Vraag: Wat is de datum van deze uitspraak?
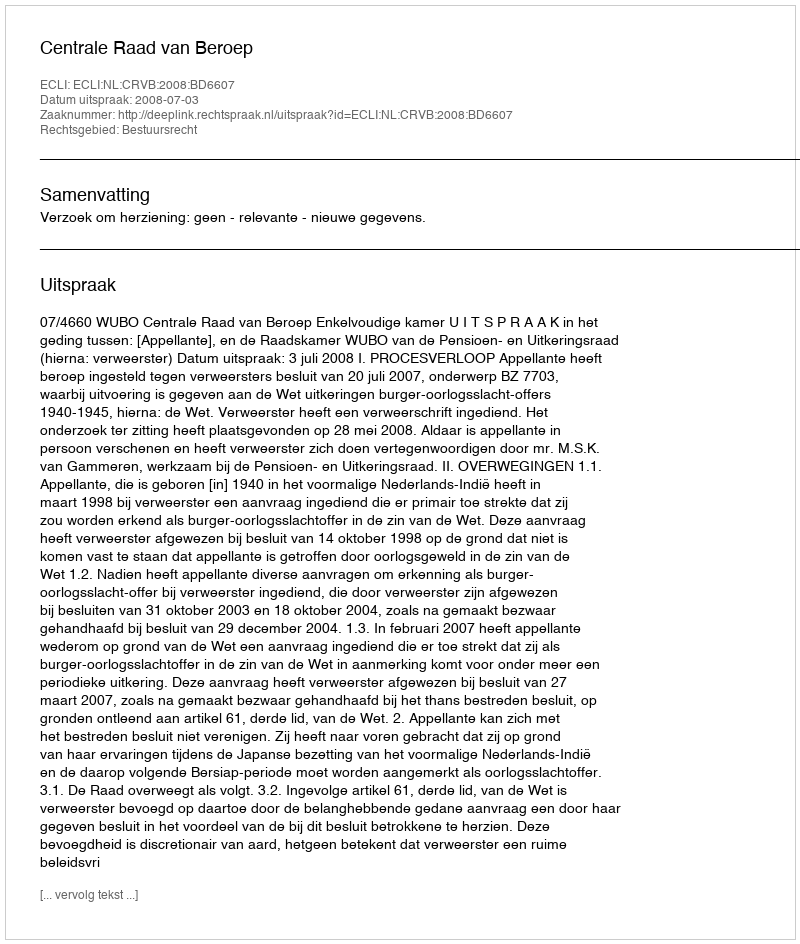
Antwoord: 2008-07-03